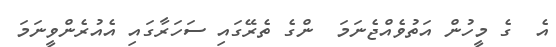
އެ  ގެ މީހުން އަތުވެއްޖެނަމަ  ންގެ ތެރޭގައި ސަހަރާގައި އެއުރެންވީނަމަ